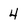
Character: 4